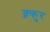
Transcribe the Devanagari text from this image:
क्न्कुर